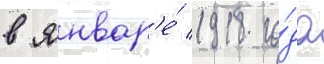
в январ'е́ 1918 го́да